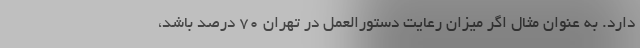
دارد. به عنوان مثال اگر میزان رعایت دستورالعمل در تهران ۷۰ درصد باشد،